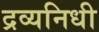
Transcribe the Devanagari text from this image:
द्रव्यनिधी